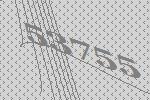
53755